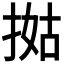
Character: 𢯐